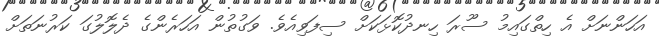
އަހަންނަށް އެ ހިތްގައިމު ސޫރަ ހިނދުކޮޅަކަށް ސިފަވިއެވެ. ވަގުތުން އަހަރެންގެ ދެލޮލުގަ ކަރުނަތަށް